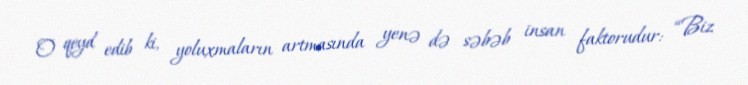
O qeyd edib ki, yoluxmaların artmasında yenə də səbəb insan faktorudur: “Biz